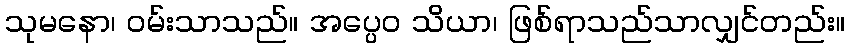
သုမနော၊ ဝမ်းသာသည်။ အပ္ပေဝ သိယာ၊ ဖြစ်ရာသည်သာလျှင်တည်း။